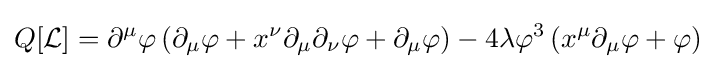
Q[{\mathcal {L}}]=\partial ^{\mu }\varphi \left(\partial _{\mu }\varphi +x^{\nu }\partial _{\mu }\partial _{\nu }\varphi +\partial _{\mu }\varphi \right)-4\lambda \varphi ^{3}\left(x^{\mu }\partial _{\mu }\varphi +\varphi \right)